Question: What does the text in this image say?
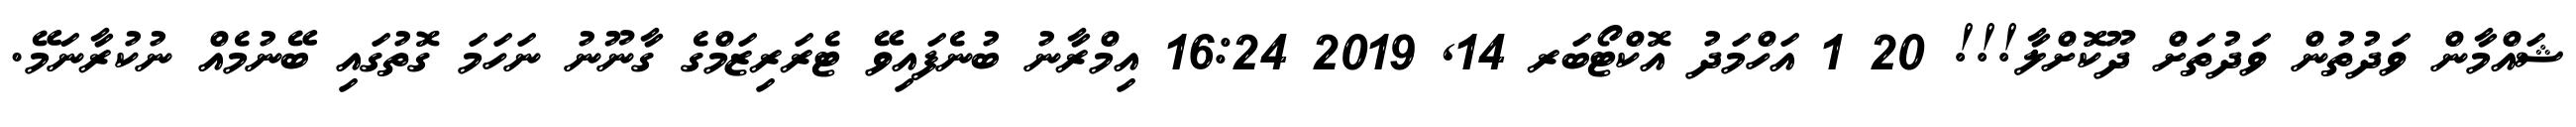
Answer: ޝައްމާން ވަދުތުން ވަދުތަށް ދޫކޮށްލާ!!! 20 1 އަހްމަދު އޮކްޓޯބަރ 14, 2019 16:24 އިމްރާނު ބުނެފައިވޭ ޓެރަރިޒަމްގެ ގާނޫނު ނަހަމަ ގޮތުގައި ބޭނުމެއް ނުކުރާނަމޭ.